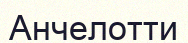
Анчелотти